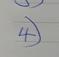
Signature authenticity: genuine